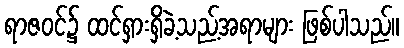
ရာဇဝင်၌ ထင်ရှားရှိခဲ့သည့်အရာများ ဖြစ်ပါသည်။